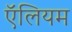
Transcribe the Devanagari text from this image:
ऍलियम